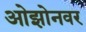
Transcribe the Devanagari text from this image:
ओझोनवर